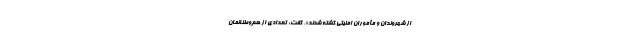
از شهروندان و مأموران امنیتی کشته شدند»، گفت: تعدادی از هم‌وطنانمان